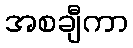
အစချီကာ